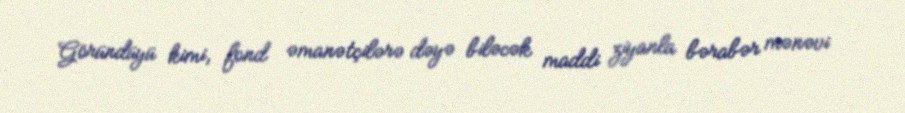
Göründüyü kimi, fond əmanətçilərə dəyə biləcək maddi ziyanla bərabər mənəvi